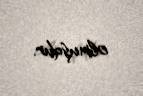
olmuşdur.